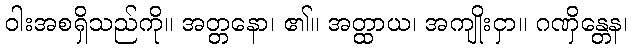
ဝါးအစရှိသည်ကို။ အတ္တနော၊ ၏။ အတ္ထာယ၊ အကျိုးငှာ။ ဂဏှိန္တေန၊